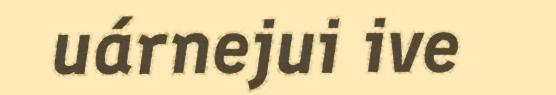
uárnejui ive